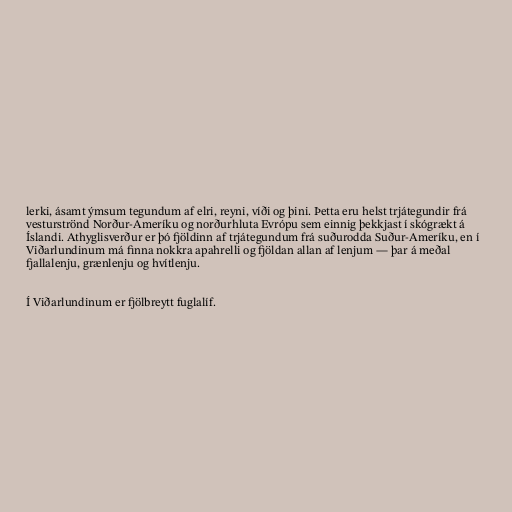
lerki, ásamt ýmsum tegundum af elri, reyni, víði og þini. Þetta eru helst trjátegundir frá
vesturströnd Norður-Ameríku og norðurhluta Evrópu sem einnig þekkjast í skógrækt á
Íslandi. Athyglisverður er þó fjöldinn af trjátegundum frá suðurodda Suður-Ameríku, en í
Viðarlundinum má finna nokkra apahrelli og fjöldan allan af lenjum — þar á meðal
fjallalenju, grænlenju og hvítlenju.

Í Viðarlundinum er fjölbreytt fuglalíf.